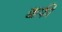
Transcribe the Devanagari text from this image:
क्कफी